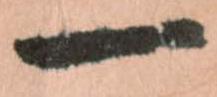
一